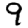
Digit: 9